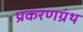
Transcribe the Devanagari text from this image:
प्रकरणग्रंथ